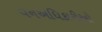
વનઅધિકારીઓ